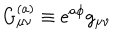
G _ { \mu \nu } ^ { ( a ) } \equiv e ^ { a \phi } g _ { \mu \nu }